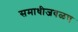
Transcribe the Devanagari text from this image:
समाधीजवळच